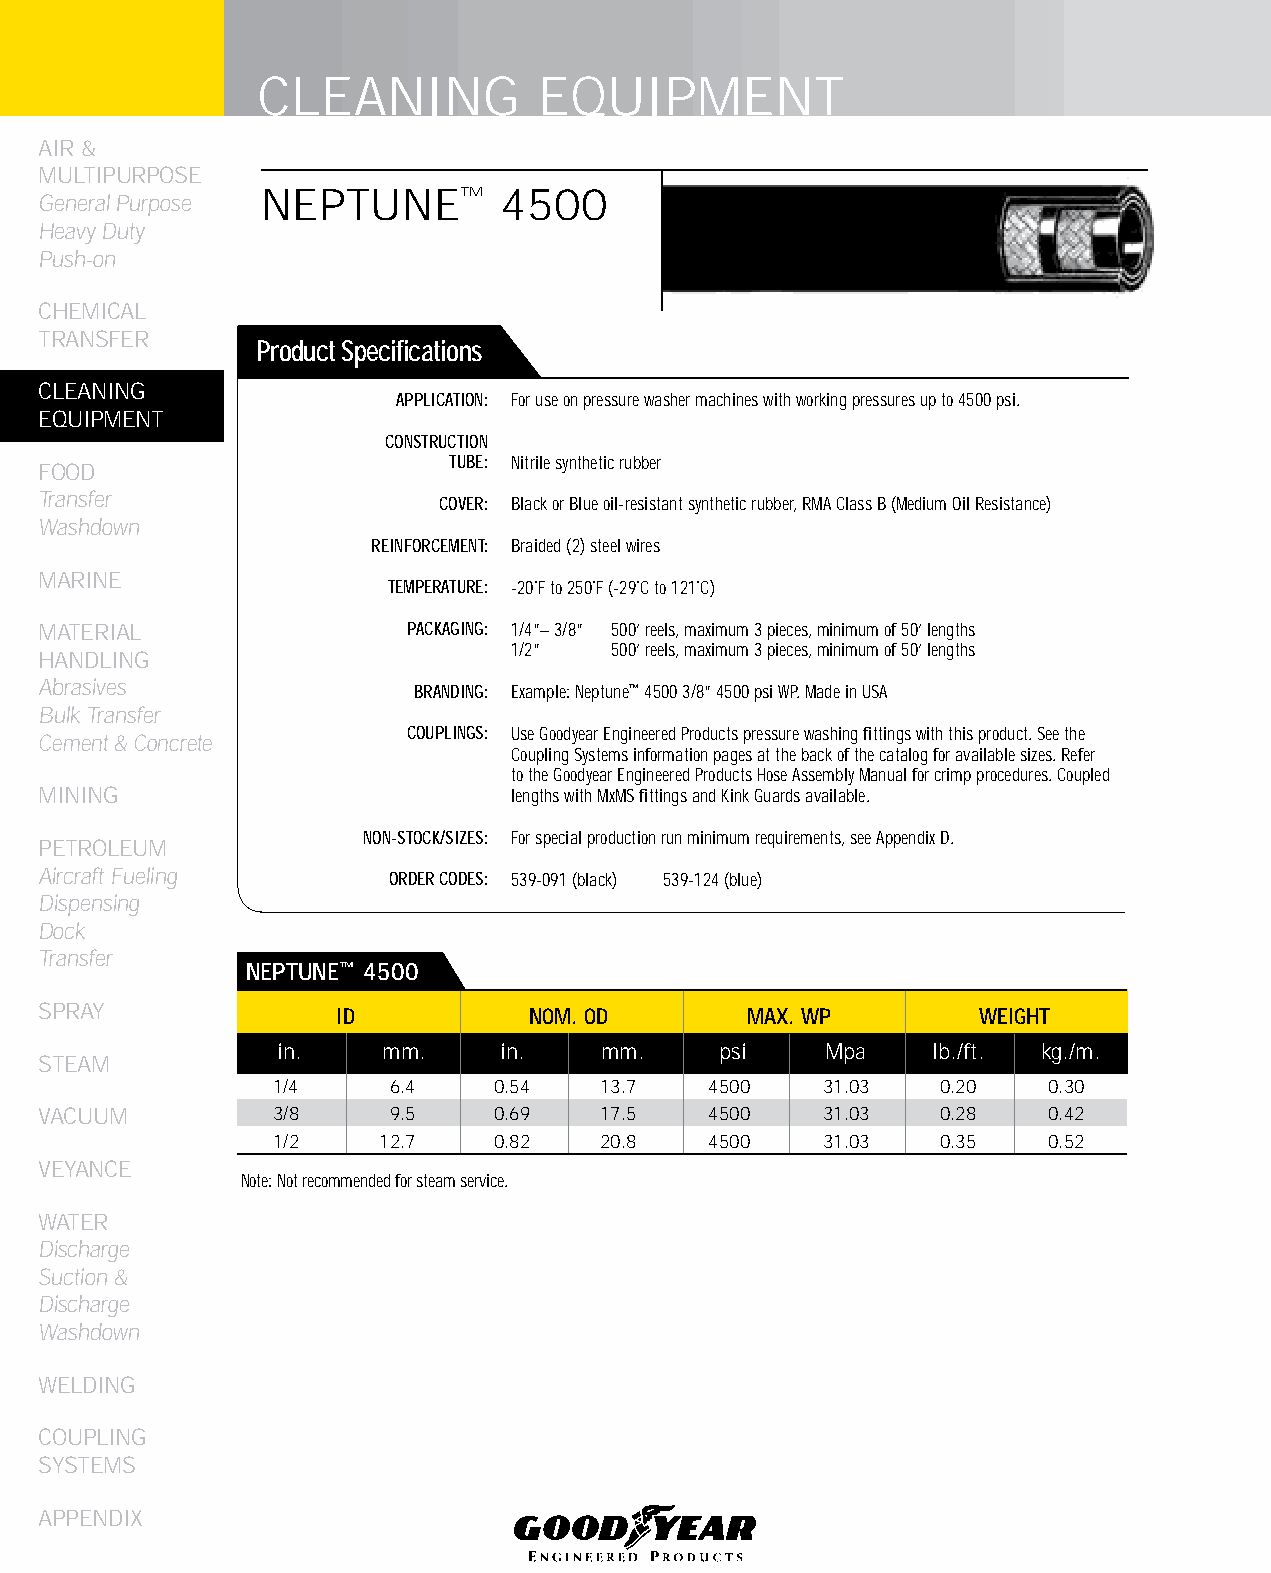
CLEANING           EqUIPMENT
 AIR &
 MULTIPURPOSE
 NEPTUNE™        4500
 General Purpose
 Heavy Duty
 Push-on
 CHEMICAL
 TRANSFER
 Product Specifications
 CLEANING
 APPLICATION: For use on pressure washer machines with working pressures up to 4500 psi.
 EqUIPMENT
 CONSTRUCTION
 TUBE: Nitrile synthetic rubber
 FOOD
 Transfer
 COVER: Black or Blue oil-resistant synthetic rubber, RMA Class B (Medium Oil Resistance)
 Washdown
 REINFORCEMENT: Braided (2) steel wires
 MARINE
 TEMPERATURE: -20˚F to 250˚F (-29˚C to 121˚C)
 MATERIAL                PACKAGING: 1/4”– 3/8” 500’ reels, maximum 3 pieces, minimum of 50’ lengths
 1/2”   500’ reels, maximum 3 pieces, minimum of 50’ lengths
 HANDLING
 Abrasives               BRANDING: Example: Neptune™ 4500 3/8” 4500 psi WP. Made in USA
 Bulk Transfer
 COUPLINGS: Use Goodyear Engineered Products pressure washing fittings with this product. See the
 Cement & Concrete
 Coupling Systems information pages at the back of the catalog for available sizes. Refer
 to the Goodyear Engineered Products Hose Assembly Manual for crimp procedures. Coupled
 MINING                         lengths with MxMS fittings and Kink Guards available.
 NON-STOCK/SIZES: For special production run minimum requirements, see Appendix D.
 PETROLEUM
 Aircraft Fueling       ORDER CODES: 539-091 (black) 539-124 (blue)
 Dispensing
 Dock
 Transfer
 NEPTUNE™ 4500
 SPRAY              ID           NOM. OD        MAX. WP        WEIGHT
 in.    mm.     in.    mm.     psi    Mpa    lb./ft. kg./m.
 STEAM
 1/4     6.4    0.54   13.7   4500    31.03  0.20   0.30
 VACUUM         3/8     9.5    0.69   17.5   4500    31.03  0.28   0.42
 1/2    12.7    0.82   20.8   4500    31.03  0.35   0.52
 VEYANCE
 Note: Not recommended for steam service.
 WATER
 Discharge
 Suction &
 Discharge
 Washdown
 WELDING
 COUPLING
 SYSTEMS
 APPENDIX
 58